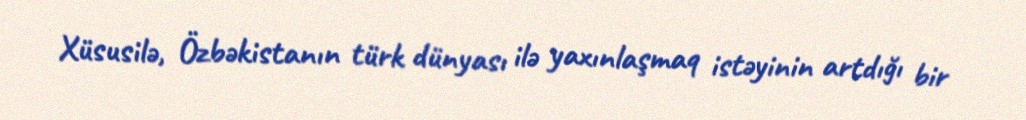
Xüsusilə, Özbəkistanın türk dünyası ilə yaxınlaşmaq istəyinin artdığı bir